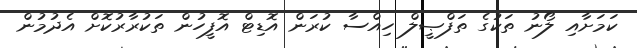
ކަމަށާއި ލޯނު ތަކުގެ ތަފްޞީލް ހިއްސާ ކުރަން އޮޑިޓް އޮފީހުން ތަކުރާރުކޮށް އެދުމުން